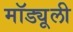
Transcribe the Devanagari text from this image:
मॉड्यूली